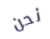
نحن